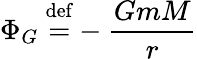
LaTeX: \Phi_{G}~{\stackrel{\mathrm{def}}{=}}-{\frac{GmM}{r}}